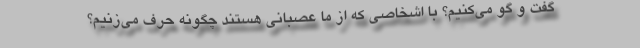
گفت و گو می‌کنیم؟ با اشخاصی که از ما عصبانی هستند چگونه حرف می‌زنیم؟